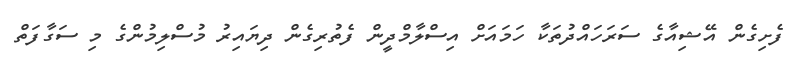
ފެށިގެން އޭޝިއާގެ ސަރަހައްދުތަކާ ހަމައަށް އިސްލާމްދީން ފެތުރިގެން ދިޔައިރު މުސްލިމުންގެ މި ސަގާފަތް